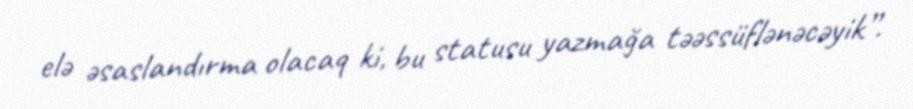
elə əsaslandırma olacaq ki, bu statusu yazmağa təəssüflənəcəyik”.